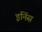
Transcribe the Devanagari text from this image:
इनिंस